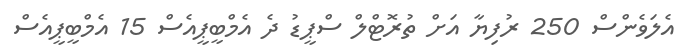
އެލަވެންސް 250 ރުފިޔާ އަށް ތުރޮޓްލް ސްޕީޑު ދެ އެމްބީޕީއެސް 15 އެމްބީޕީއެސް